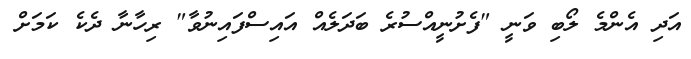
އަދި އެންމެ ލޯބި ވަނީ "ފެށުނީއްސުރެ ބަދަލެއް އައިސްފައިނުވާ" ރިހާނާ ދެކެ ކަމަށް